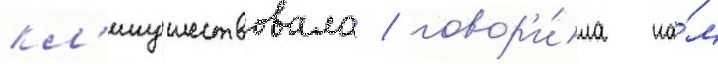
кл'икушествовала / говор'и́ла на́м